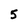
Character: 5